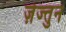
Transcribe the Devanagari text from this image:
ज़ेज्तुन